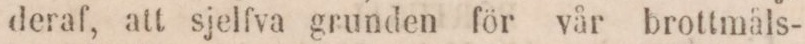
deraf, att sjelfva grunden för vår brottmåls-